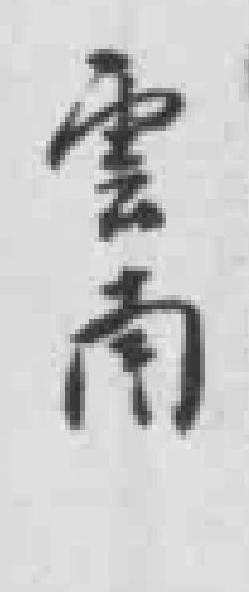
雲南